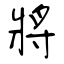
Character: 將